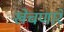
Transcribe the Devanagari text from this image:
खेचणारे